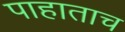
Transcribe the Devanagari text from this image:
पाहाताच